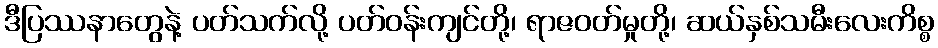
ဒီပြဿနာတွေနဲ့ ပတ်သက်လို့ ပတ်ဝန်းကျင်တို့၊ ရာဇဝတ်မှုတို့၊ ဆယ်နှစ်သမီးလေးကိစ္စ